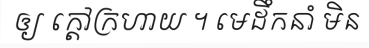
ឲ្យ ក្តៅក្រហាយ ។ មេដឹកនាំ មិន